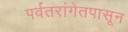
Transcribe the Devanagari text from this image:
पर्वतरांगेतपासून